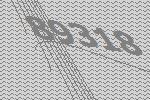
89318